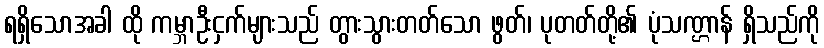
ရရှိသောအခါ ထို ကမ္ဘာဦးငှက်များသည် တွားသွားတတ်သော ဖွတ်၊ ပုတတ်တို့၏ ပုံသဏ္ဌာန် ရှိသည်ကို